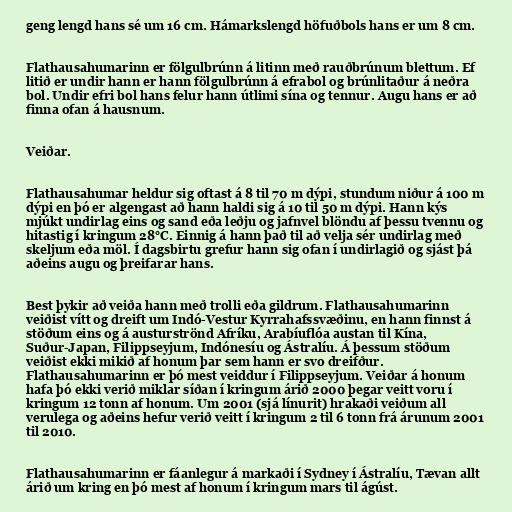
geng lengd hans sé um 16 cm. Hámarkslengd höfuðbols hans er um 8 cm.

Flathausahumarinn er fölgulbrúnn á litinn með rauðbrúnum blettum. Ef
litið er undir hann er hann fölgulbrúnn á efrabol og brúnlitaður á neðra
bol. Undir efri bol hans felur hann útlimi sína og tennur. Augu hans er að
finna ofan á hausnum.

Veiðar.

Flathausahumar heldur sig oftast á 8 til 70 m dýpi, stundum niður á 100 m
dýpi en þó er algengast að hann haldi sig á 10 til 50 m dýpi. Hann kýs
mjúkt undirlag eins og sand eða leðju og jafnvel blöndu af þessu tvennu og
hitastig í kringum 28°C. Einnig á hann það til að velja sér undirlag með
skeljum eða möl. Í dagsbirtu grefur hann sig ofan í undirlagið og sjást þá
aðeins augu og þreifarar hans.

Best þykir að veiða hann með trolli eða gildrum. Flathausahumarinn
veiðist vítt og dreift um Indó-Vestur Kyrrahafssvæðinu, en hann finnst á
stöðum eins og á austurströnd Afríku, Arabíuflóa austan til Kína,
Suður-Japan, Filippseyjum, Indónesíu og Ástralíu. Á þessum stöðum
veiðist ekki mikið af honum þar sem hann er svo dreifður.
Flathausahumarinn er þó mest veiddur í Filippseyjum. Veiðar á honum
hafa þó ekki verið miklar síðan í kringum árið 2000 þegar veitt voru í
kringum 12 tonn af honum. Um 2001 (sjá línurit) hrakaði veiðum all
verulega og aðeins hefur verið veitt í kringum 2 til 6 tonn frá árunum 2001
til 2010.

Flathausahumarinn er fáanlegur á markaði í Sydney í Ástralíu, Tævan allt
árið um kring en þó mest af honum í kringum mars til ágúst.